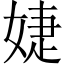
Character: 婕